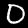
Label: 0